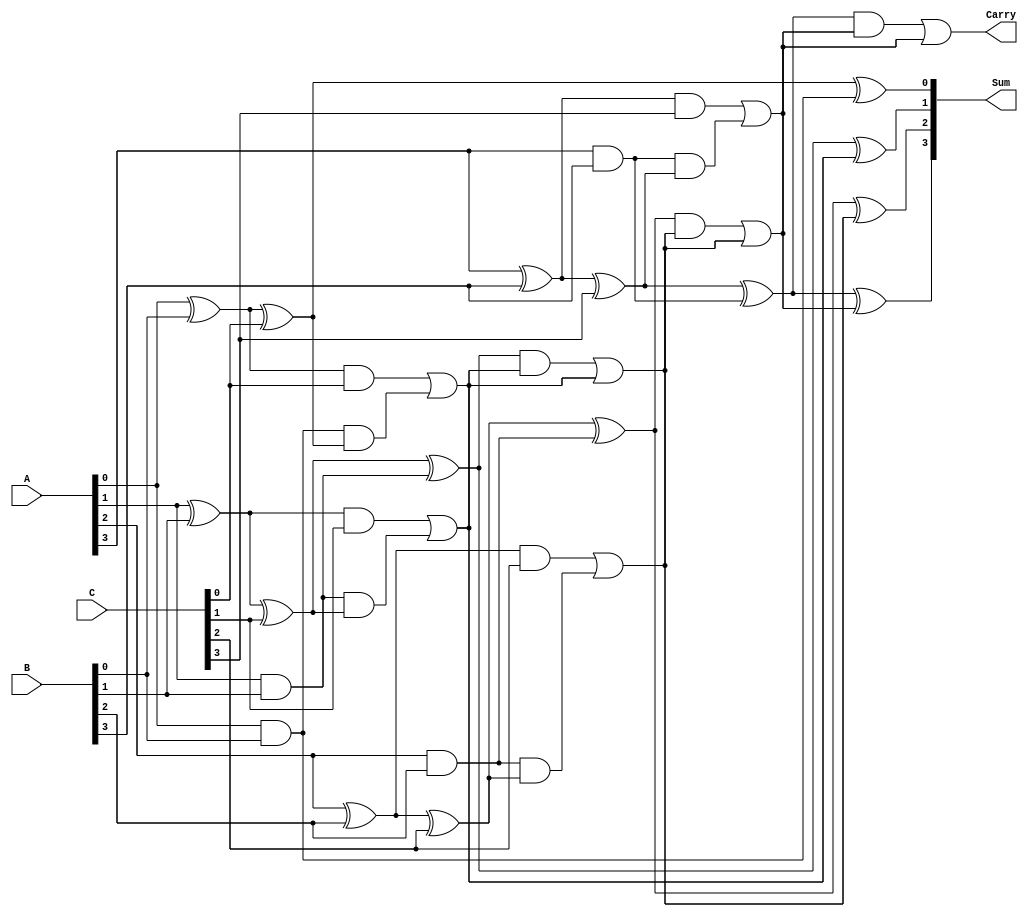
module MCSA #(parameter WIDTH = 4, parameter NUM_OPERANDS = 3) (
    input  wire [WIDTH-1:0] A,    // Operand A
    input  wire [WIDTH-1:0] B,    // Operand B
    input  wire [WIDTH-1:0] C,    // Operand C
    // Add additional operands as needed
    output wire [WIDTH-1:0] Sum,   // Final Sum output
    output wire                  Carry   // Final Carry output
);

// Internal signals for partial sums and carries
wire [WIDTH-1:0] P1_sum, P1_carry, P2_sum, P2_carry;

// First stage of partial sum generation
generate
    genvar i;
    for (i = 0; i < WIDTH; i = i + 1) begin : stage1
        // Half adders for the first two operands
        assign P1_sum[i] = A[i] ^ B[i];       // Sum of A and B
        assign P1_carry[i] = A[i] & B[i];     // Carry from A and B
    end
endgenerate

generate
    genvar j;
    for (j = 0; j < WIDTH; j = j + 1) begin : stage2
        // Full adders for the next operand (C), combining with previous sums and carries
        assign P2_sum[j] = P1_sum[j] ^ C[j] ^ P1_carry[j]; // Sum
        assign P2_carry[j] = (P1_sum[j] & C[j]) | (P1_carry[j] & (P1_sum[j] ^ C[j])); // Carry
    end
endgenerate

// Final carry propagation using a simple ripple carry adder logic
wire [WIDTH:0] final_carry; // Using WIDTH+1 for final carry
assign final_carry[0] = 0; // Initialize final carry bit
assign final_carry[WIDTH-1:1] = P2_carry[WIDTH-1:1]; // Propagate carries
generate
    genvar k;
    for (k = 0; k < WIDTH; k = k + 1) begin : final_sum
        assign Sum[k] = P2_sum[k] ^ final_carry[k]; // Final sum bit
        assign final_carry[k+1] = (P2_sum[k] & final_carry[k]) | P2_carry[k]; // Generate next carry
    end
endgenerate

// Final carry output
assign Carry = final_carry[WIDTH]; // Carry out

endmodule